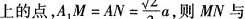
上的点，A $$_{1}M=AN= \frac{ \sqrt{2}}{3}a$$ 则MN与